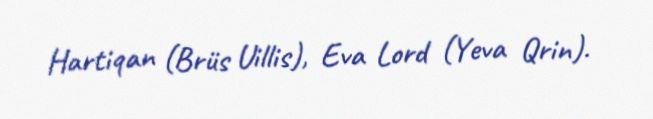
Hartiqan (Brüs Uillis), Eva Lord (Yeva Qrin).